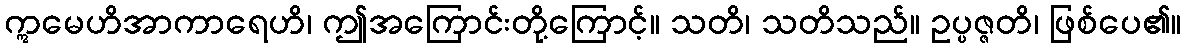
ဣမေဟိအာကာရေဟိ၊ ဤအကြောင်းတို့ကြောင့်။ သတိ၊ သတိသည်။ ဥပ္ပဇ္ဇတိ၊ ဖြစ်ပေ၏။